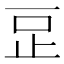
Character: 𣥔